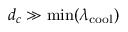
d _ { c } \gg \operatorname* { m i n } ( \lambda _ { \mathrm { c o o l } } )